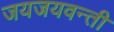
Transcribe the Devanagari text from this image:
जयजयवन्ती